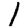
Digit: 1